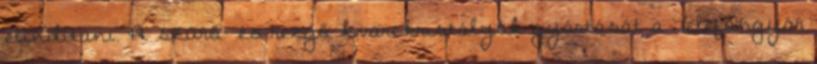
elindítani. A szűrő- és rezgő kvarckristályok gyártását a Telefongyár